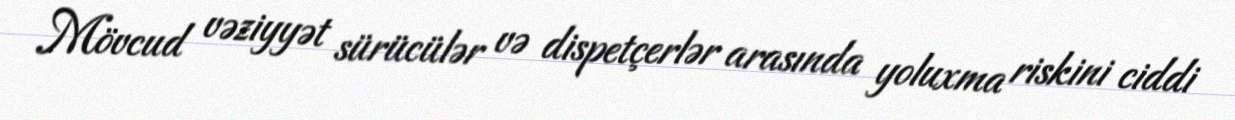
Mövcud vəziyyət sürücülər və dispetçerlər arasında yoluxma riskini ciddi